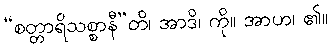
“စတ္တာရိသစ္စာနီ”တိ၊ အာဒိ၊ ကို။ အာဟ၊ ၏။